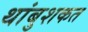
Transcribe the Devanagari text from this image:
थांबुशकत